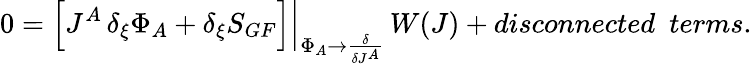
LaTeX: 0=\left.\left[J^{A}\, \delta_{\xi}\Phi_{A}+\delta_{\xi}S_{GF}\right]\right|_{\Phi_{A}\rightarrow\frac{\delta}{\delta J^{A}}}\, W(J)+disconnected~~terms.